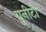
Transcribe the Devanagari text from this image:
युनीटी